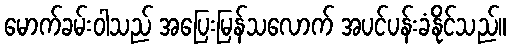
မောက်ခမ်းဝါသည် အပြေးမြန်သလောက် အပင်ပန်းခံနိုင်သည်။